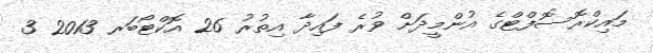
މައިކްރޮސޮފްޓްގެ އުންމީދަށް ވުރެ ފައިދާ އިތުރު 26 އޮކްޓޯބަރ 2013 3